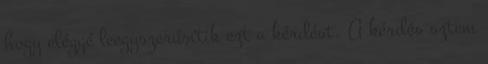
hogy eléggé leegyszerűsítik ezt a kérdést. A kérdés sztem